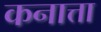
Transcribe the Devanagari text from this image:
कनात्ता